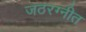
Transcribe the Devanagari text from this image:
जठरग्नीत